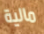
مالية